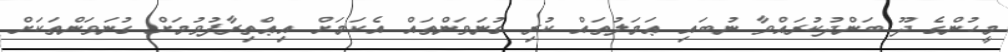
މީހުންގެ ދޫ ބަންދުކުރައްވާ ނުބައި ޢަމަލުތައް ކުރި ގުނަވަންތައް އެކަމަށް އިޢްތިރާފުވުމަށް ގުނަވަންތަކަށް